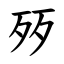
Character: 㱛